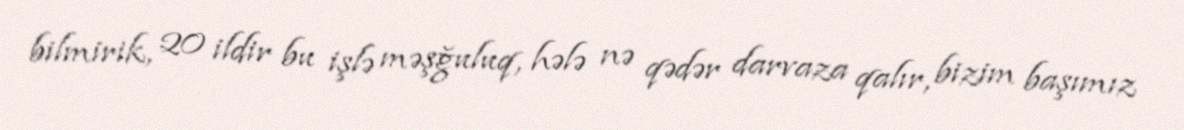
bilmirik, 20 ildir bu işlə məşğuluq, hələ nə qədər darvaza qalır, bizim başımız